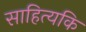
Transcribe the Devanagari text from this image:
साहित्यकि